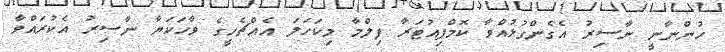
ހުންނާނީ ނާސިރު އެގެންގުޅުއްވާ ކޮމްޕިއުޓަރާ ފިލްމާ މިކަހަލަ އެއްޗެހީގެ ވާހަކަޔާ ނާސިރު އެކުރައްވާ